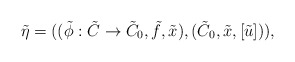
\begin{align*}\tilde{\eta}=((\tilde{\phi}:\tilde{C}\rightarrow\tilde{C}_0,\tilde{f},\tilde{x}),(\tilde{C}_0,\tilde{x},[\tilde{u}])),\end{align*}